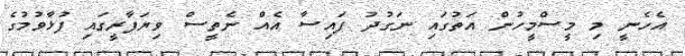
އެހެނީ މި މީސްމީހުން އަތުގައި ނަގުދު ފައިސާ އެއް ނެތީސް ވިޔަފާރީގައި ފުޅާވުމުގެ